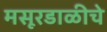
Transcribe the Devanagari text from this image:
मसूरडाळीचे